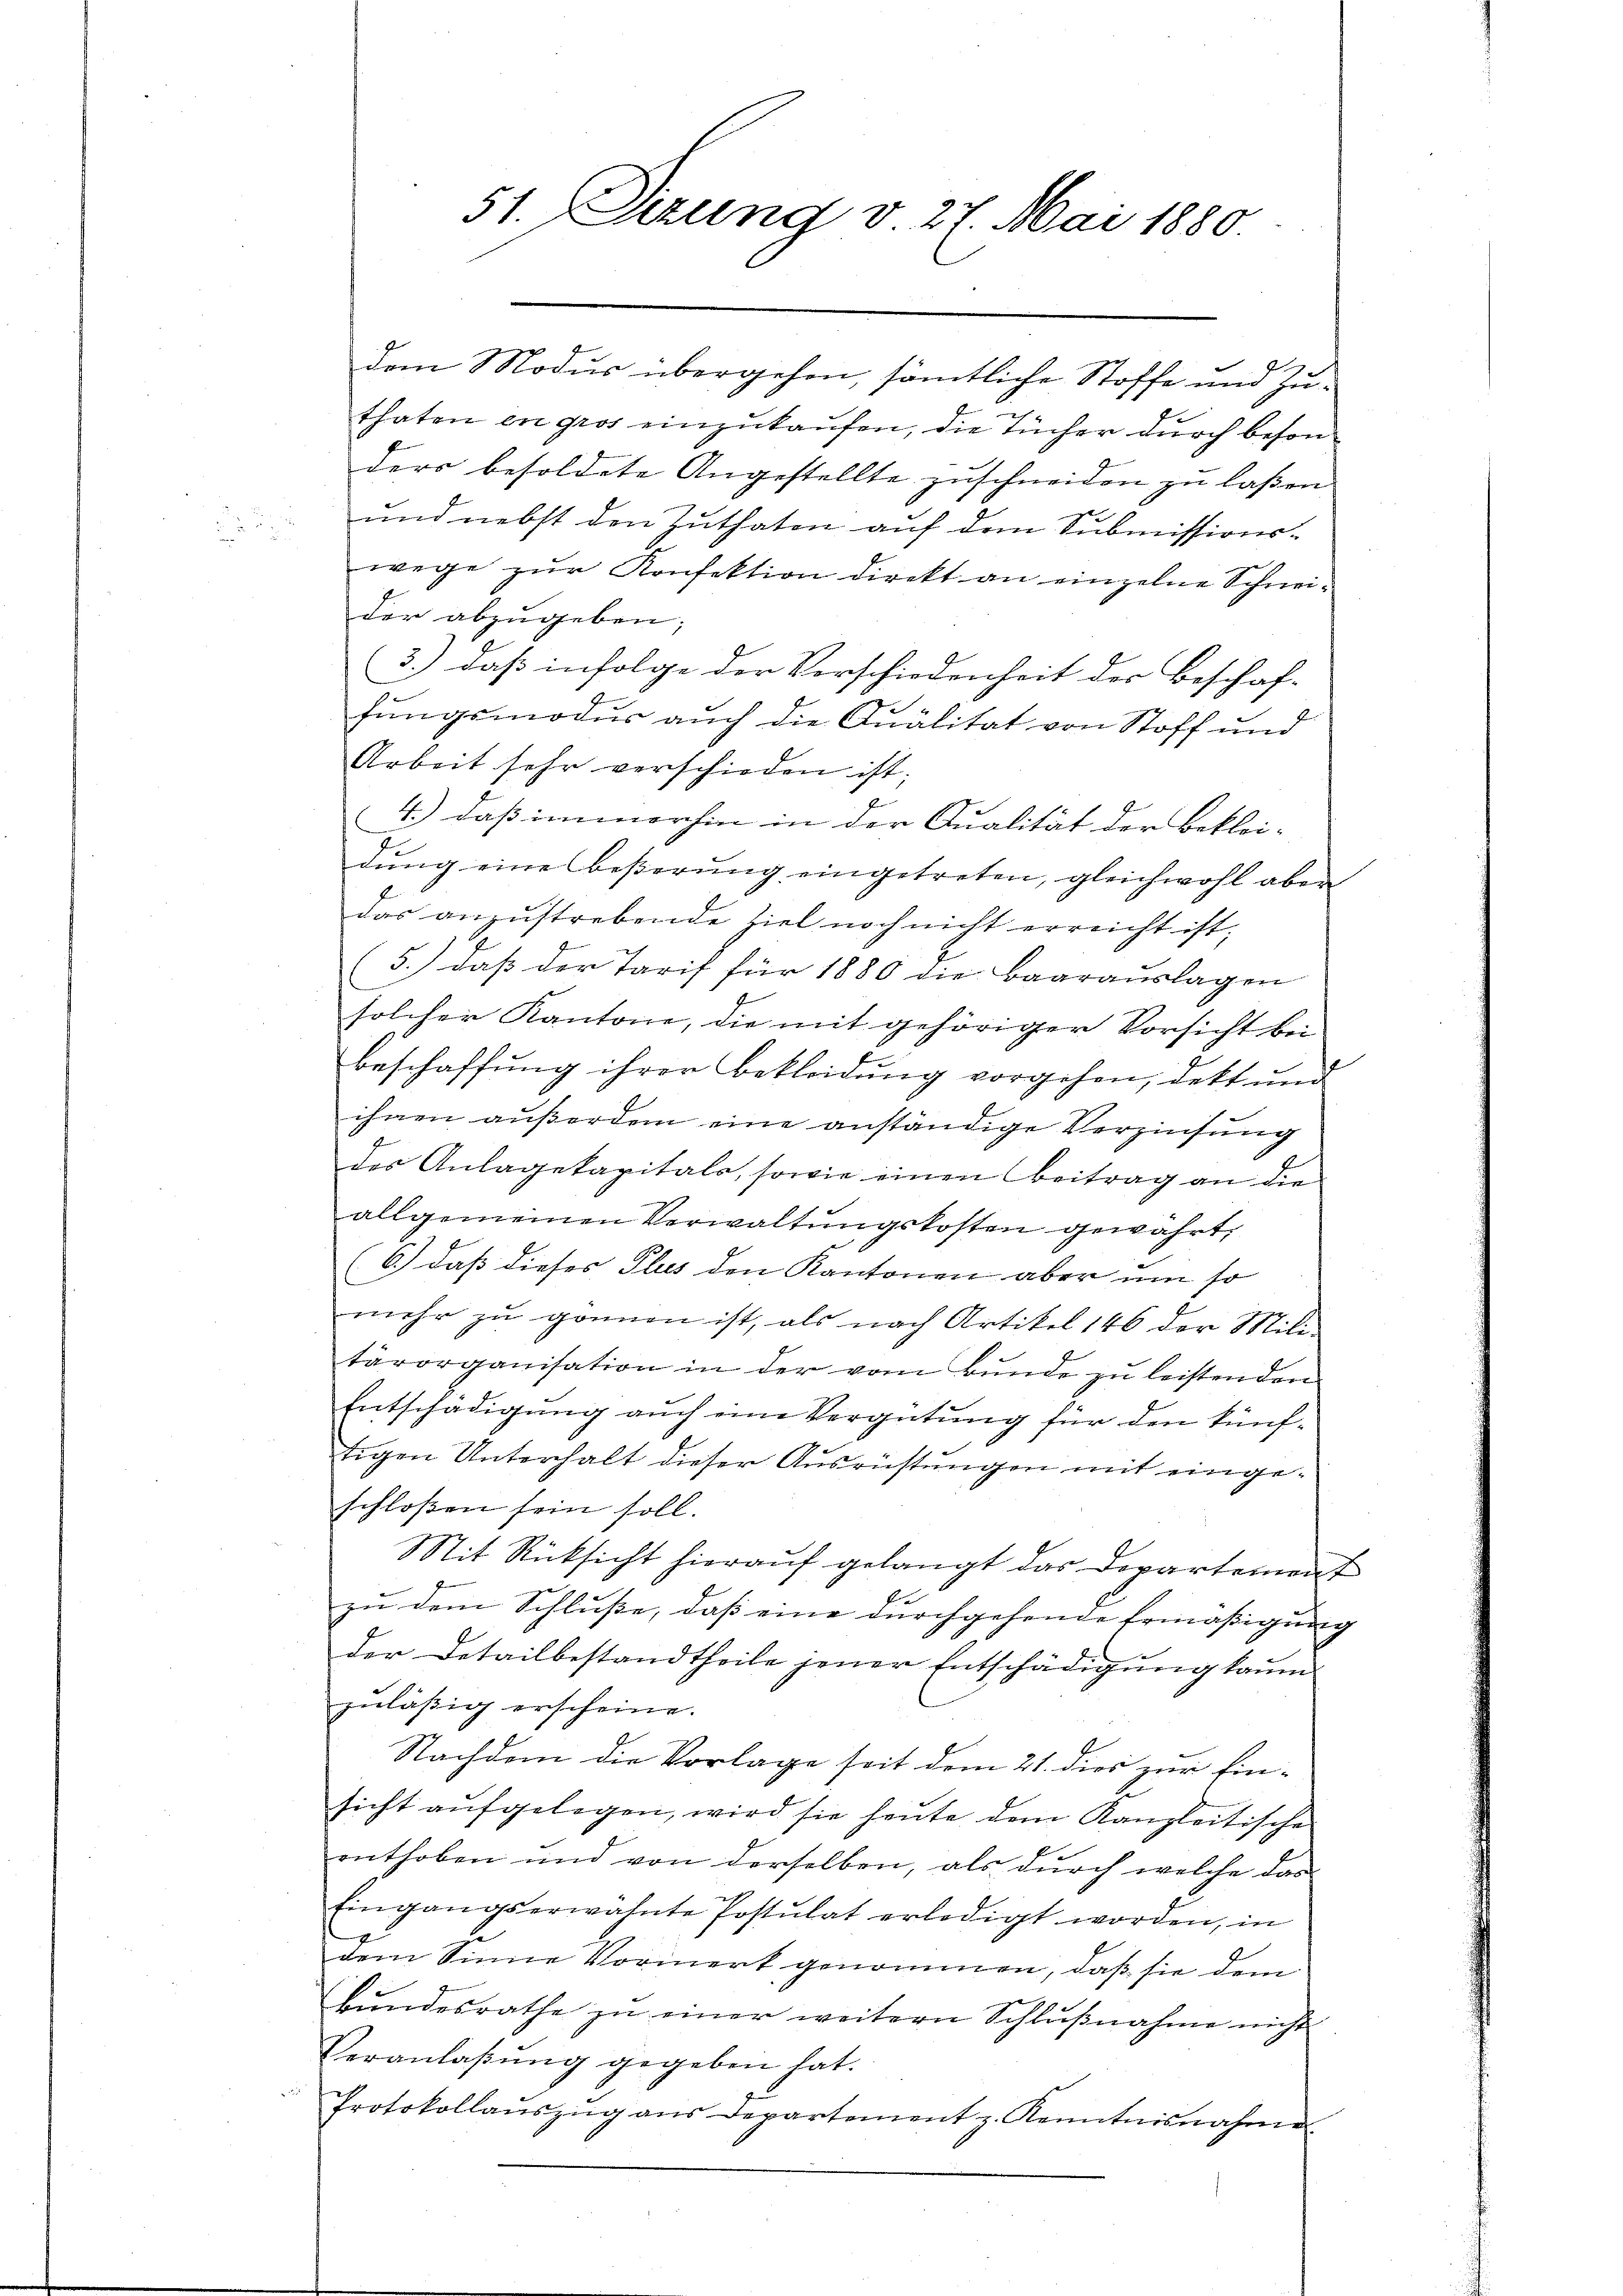
51. Sizung v. 27. Mai 1880

dem Modus übergehen, sämtliche Stoffe und Zuthaten en gros einzukaufen, die Tücher durch besonders besoldete Angestellte zuschneiden zu laßen.
und nebst den Zuthaten auf dem Submissions-
wege zur Konfektion direkt an einzelne Schneider abzugeben;
3.) daß infolge der Vorschiedenheit der Beschaf-
fungsmodus auch die Qualität von Stoff und
Arbeit sehr verschieden ist.
4.) daß immerhin in der Qualität der Bekleidung eine beßerung eingetreten, gleichwohl aber
das anzustrebende Ziel noch nicht erreicht ist,
5.) daß der Tarif für 1880 die Baarauslagen
C
solcher Kantone, die mit gehöriger Vorsicht bei
Beschaffung ihrer Bekleidung vorgehen, dekt und
ihren außerdem eine anständige Verzinsung
des Anlagekapitals, sowie einen Beitrag an die
allgemeinen Verwaltungskosten gewährt,
(6.) daß dieses Plus den Kantonen aber um so
mehr zu gönnen ist, als nach Artikel 146 der Mili
tärorganisation in der vom Bunde zu leistenden
Entschädigung auch eine Vergütung für den künftigen Unterhalt dieser Ausrüstungen mit einge-
schloßen sein soll.
Mit Rücksicht hierauf gelangt das Departement
zu dem Schlusse, daß eine durchgehende Ermäßigung
der Detailbestandtheile jener Entschädigŭng kaum
zuläßig erscheine.
Nachdem die Vorlage seit dem 21. dies zur Einsicht aŭfgelegen, wird sie heute dem Kanzleitische
enthoben und von derselben, als durch welche das
Eingangserwähnte Postulat erledigt worden, in
dem Sinne Vormerk genommen, daß sie dem
Bŭndesrathe zŭ einer weitern Schlŭβnahme nicht
Veranlaßung gegeben hat.
Protokollanszŭg ans Departement z. Kenntnisnahme